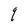
Character: q